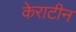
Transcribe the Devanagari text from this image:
केराटीन